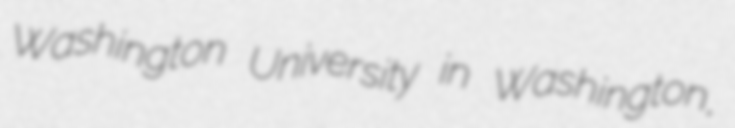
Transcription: Washington University in Washington,